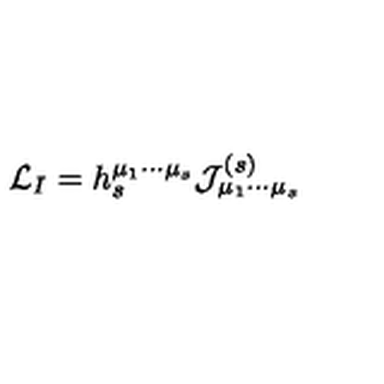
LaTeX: { \cal L } _ { I } = h _ { s } ^ { \mu _ { 1 } \cdots \mu _ { s } } { \cal J } _ { \mu _ { 1 } \cdots \mu _ { s } } ^ { ( s ) }